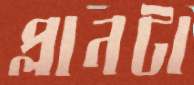
প্লানটা